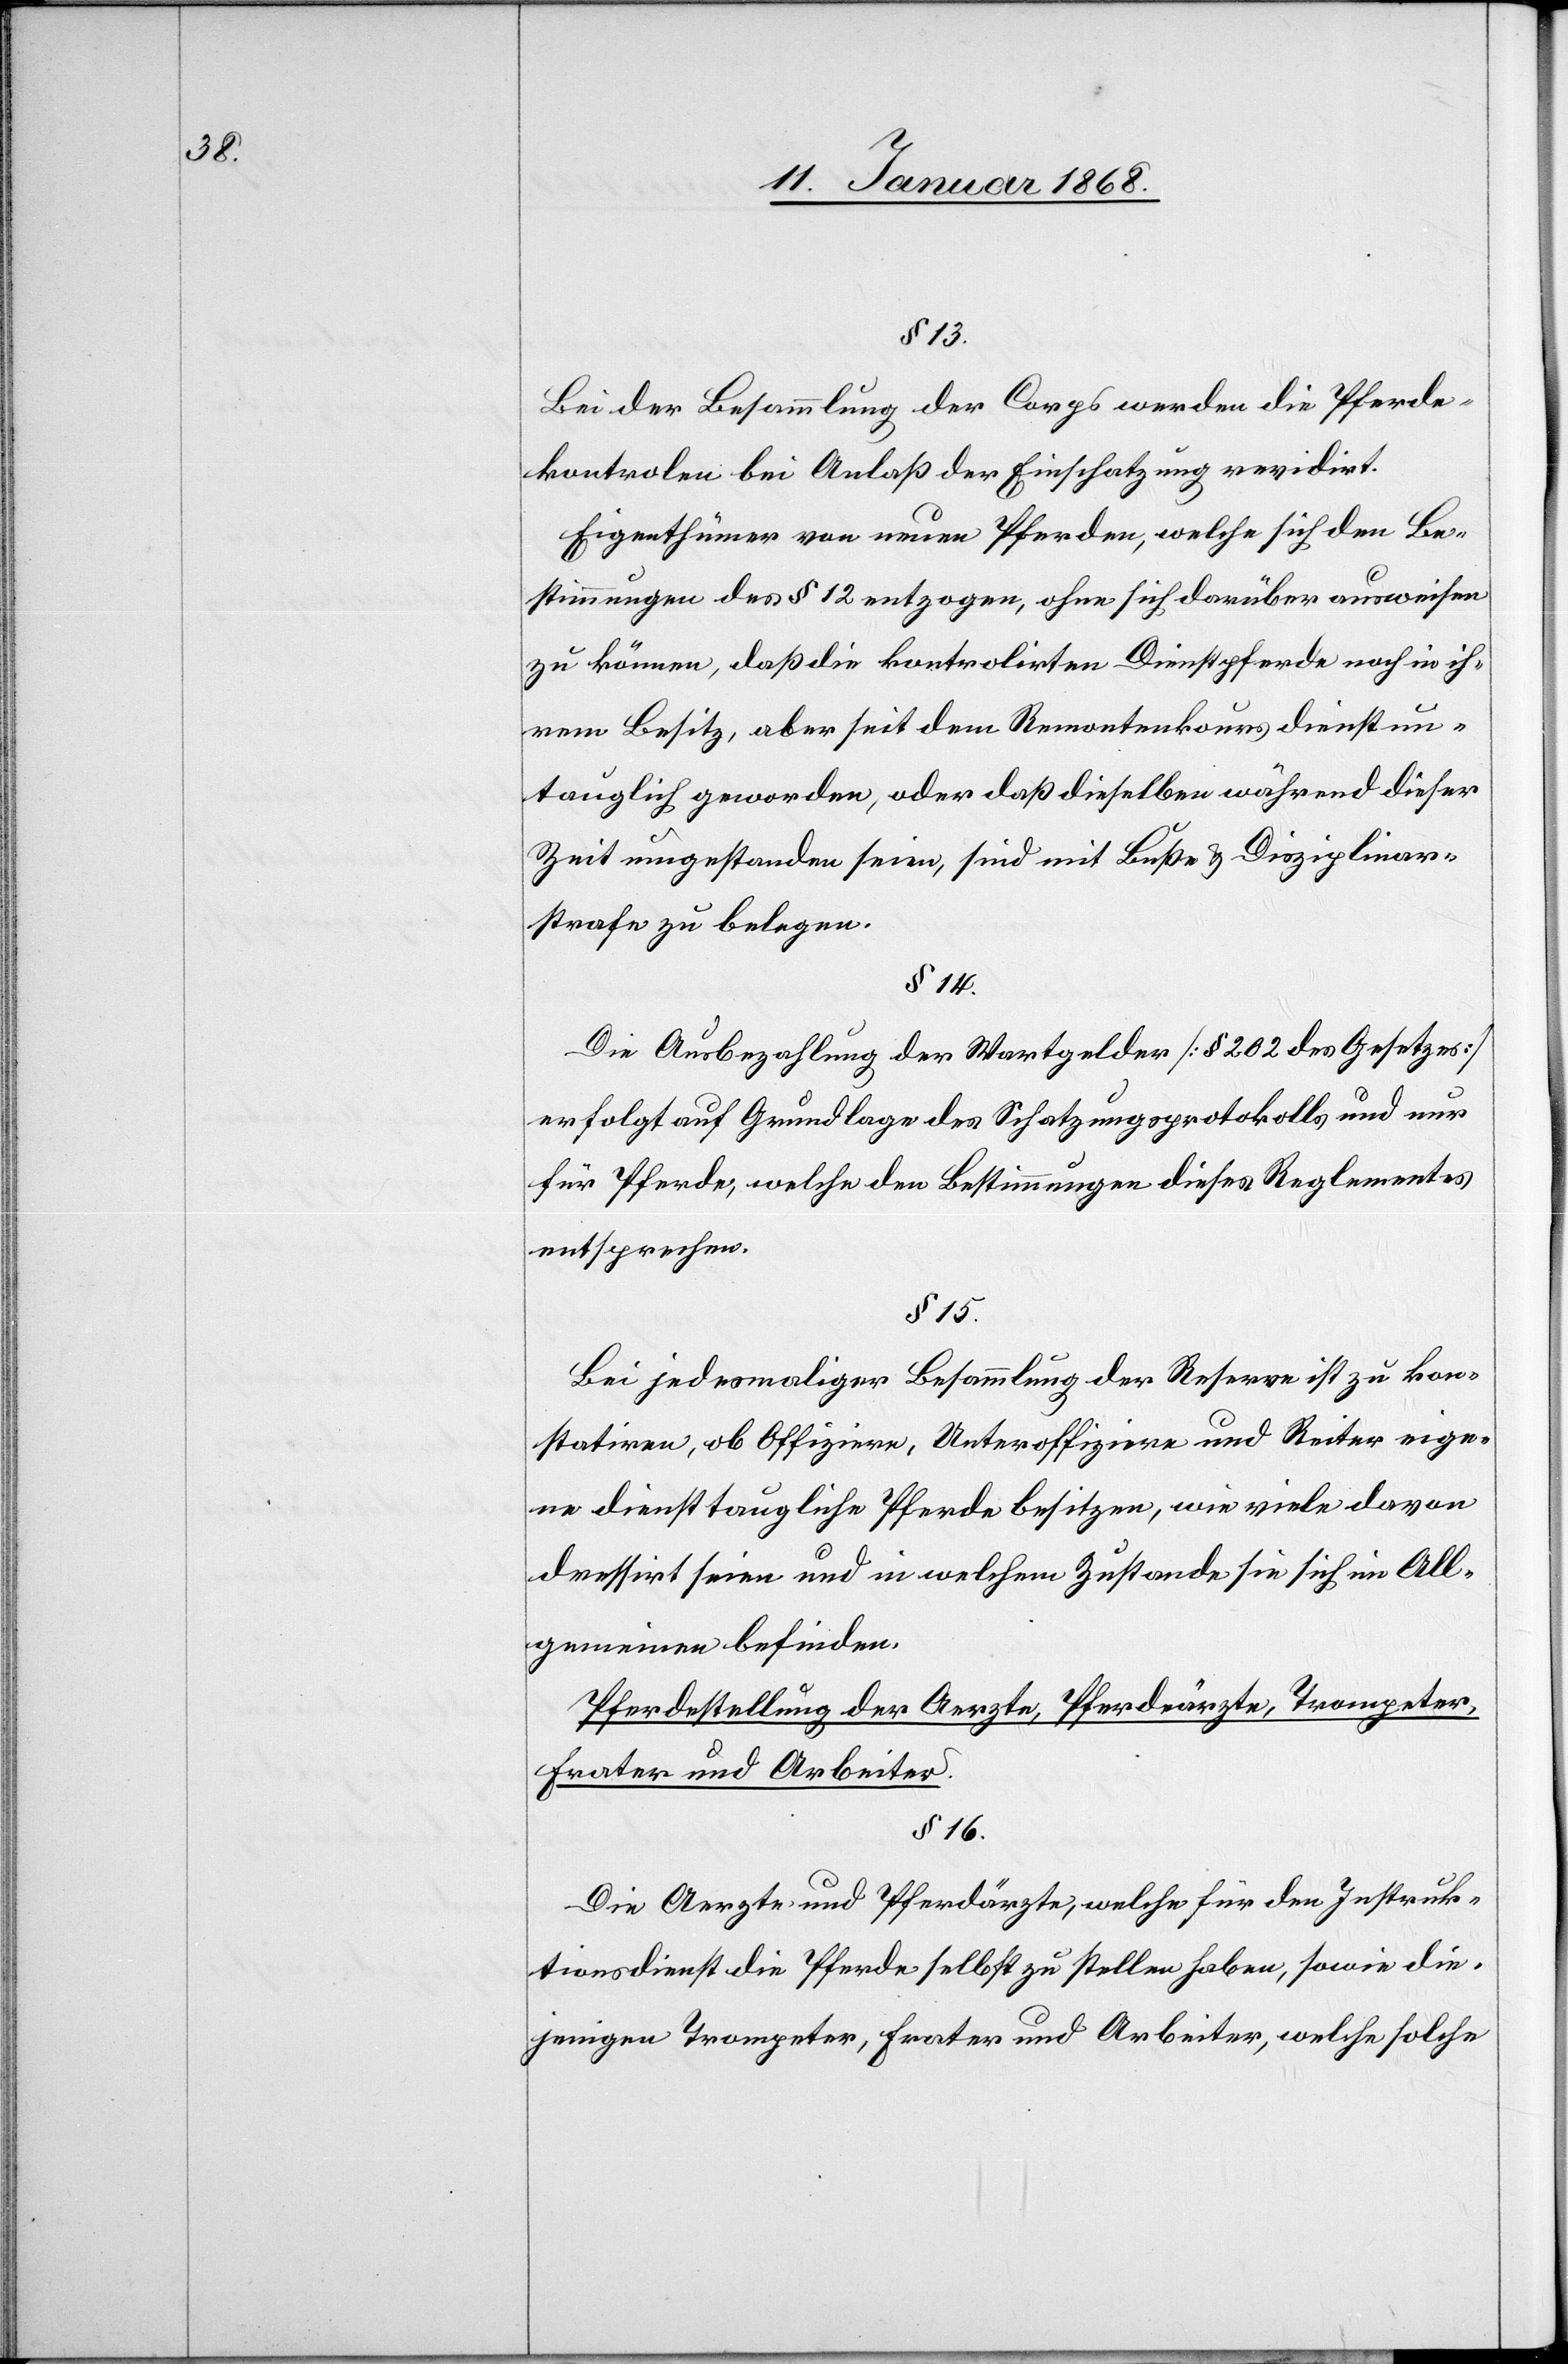
§ 13.
Bei der Besammlung der Corps werden die Pferde¬
kontrolen bei Anlaß der Einschatzung revidirt.
Eigenthümer von neuen Pferden, welche sich den Be¬
stimmungen des § 12 entzogen, ohne sich darüber ausweisen
zu können, daß die kontrolirten Dienstpferde noch in ih¬
rem Besitz, aber seit dem Remontenkours [sic!] dienstun¬
tauglich geworden, oder daß dieselben während dieser
Zeit umgestanden seien, sind mit Buße & Disziplinar¬
strafe zu belegen.
§ 14.
Die Ausbezahlung der Wartgelder [§ 202 des Gesetzes]
erfolgt auf Grundlage des Schatzungsprotokolls und nur
für Pferde, welche den Bestimmungen dieses Reglementes
entsprechen.
§ 15.
Bei jedesmaliger Besammlung der Reserve ist zu kon¬
statiren, ob Offiziere, Unteroffiziere und Reiter eige¬
ne diensttaugliche Pferde besitzen, wie viele davon
dressirt seien und in welchem Zustande sie sich im All¬
gemeinen befinden.
Pferdestellung der Aerzte, Pferdärzte, Trompeter,
Frater und Arbeiter.
§ 16.
Die Aerzte und Pferdärzte, welche für den Instruk¬
tionsdienst die Pferde selbst zu stellen haben, sowie die¬
jenigen Trompeter, Frater und Arbeiter, welche solche